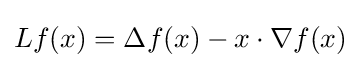
Lf(x)=\Delta f(x)-x\cdot \nabla f(x)